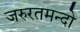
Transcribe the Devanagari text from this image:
जरुरतमन्दो